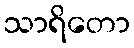
သာရိတော